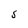
Character: S